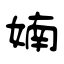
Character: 婻